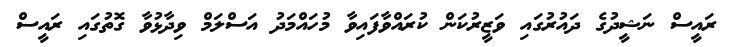
ރައީސް ނަޝީދުގެ ދައުރުގައި ވަޒީރުކަން ކުރައްވާފައިވާ މުހައްމަދު އަސްލަމް ވިދާޅުވާ ގޮތުގައި ރައީސް